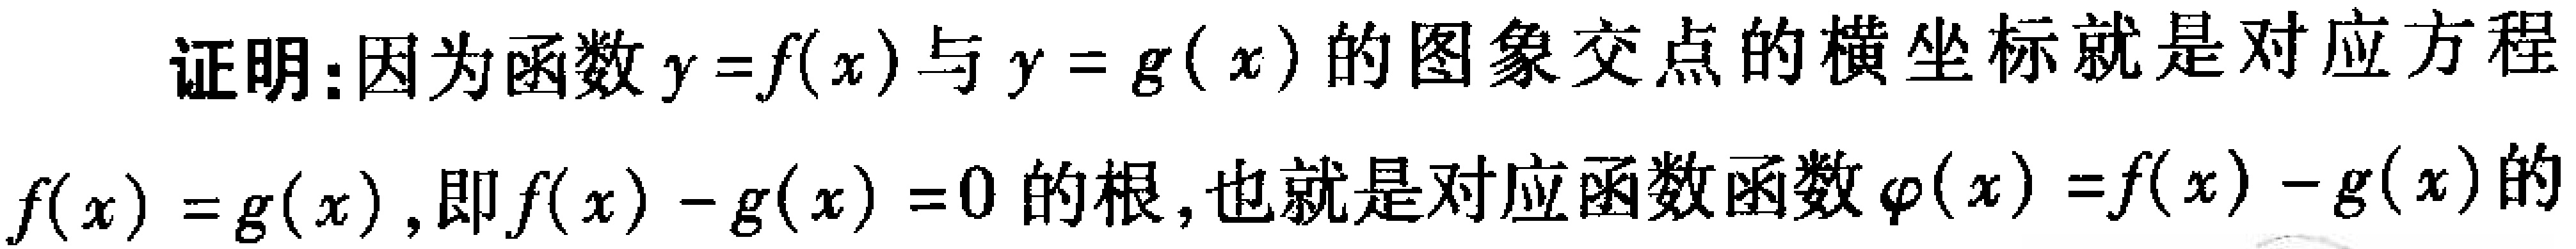
证明：因为函数\(y = f(x)\)与\(y = g(x)\)的图象交点的横坐标就是对应方程\(f(x)=g(x)\)，即\(f(x)-g(x)=0\)的根，也就是对应函数函数\(\varphi(x)=f(x)-g(x)\)的